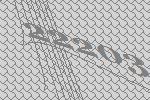
22203